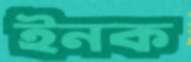
ইনক